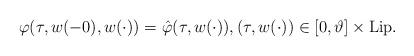
LaTeX: \begin{align*}\varphi(\tau,w(-0),w(\cdot)) = \hat{\varphi}(\tau,w(\cdot)),(\tau,w(\cdot)) \in [0,\vartheta] \times \mathrm{Lip}.\end{align*}